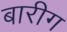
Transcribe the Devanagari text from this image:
बारीग